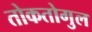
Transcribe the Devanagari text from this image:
तोकतोगुल